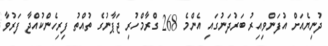
ދުނިޔެއަށް އުފަންވިއިރު ބަރުދަނުގައި އެންމެ 268 ގްރާމްހުރި ޖަޕާނުގެ ތުއްތު ފިރިހެންކުއްޖާ ފަރުވާ